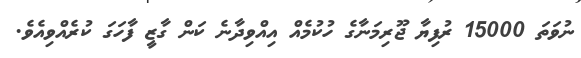
ނުވަތަ 15000 ރުފިޔާ ޖޫރިމަނާގެ ހުކުމެއް އިއްވިދާނެ ކަން ގާޒީ ފާހަގަ ކުރެއްވިއެވެ.